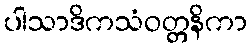
ပါသာဒိကသံဝတ္တနိကာ